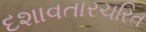
દશાવતારચરિત